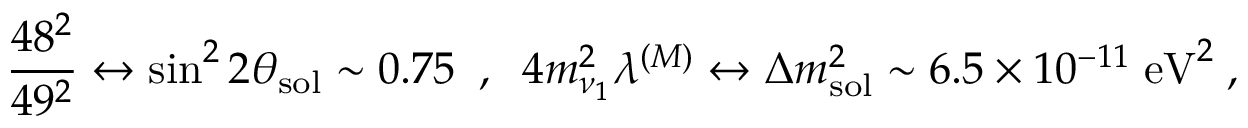
\frac { 4 8 ^ { 2 } } { 4 9 ^ { 2 } } \leftrightarrow \sin ^ { 2 } 2 \theta _ { \mathrm { s o l } } \sim 0 . 7 5 \; \; , \; \; 4 m _ { \nu _ { 1 } } ^ { 2 } \lambda ^ { ( M ) } \leftrightarrow \Delta m _ { \mathrm { s o l } } ^ { 2 } \sim 6 . 5 \times 1 0 ^ { - 1 1 } \; \mathrm { e V } ^ { 2 } \; ,